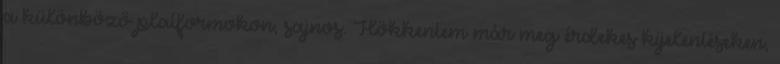
a különböző platformokon, sajnos. Hökkentem már meg érdekes kijelentéseken,